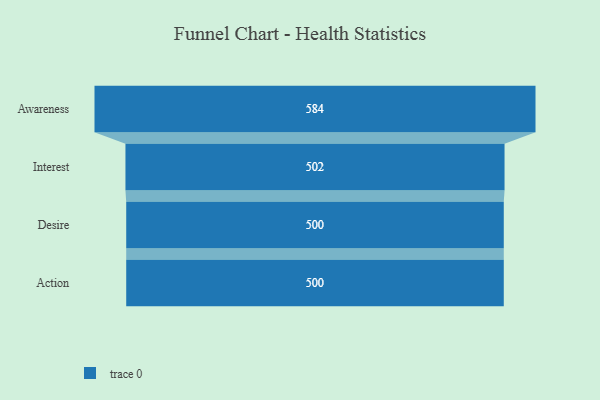
{"axis": {"x": "Stage", "y": "Value"}, "legend": [""], "data": [{"x": "Awareness", "y": 584.0, "type": ""}, {"x": "Interest", "y": 502.0, "type": ""}, {"x": "Desire", "y": 500, "type": ""}, {"x": "Action", "y": 500, "type": ""}]}